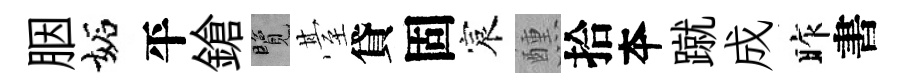
胭妬平鎗覽䑓貸固宸醺拾夲蹴成昨書